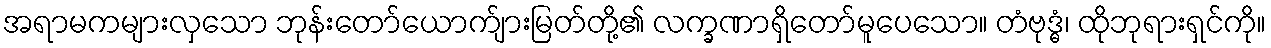
အရာမကများလှသော ဘုန်းတော်ယောက်ျားမြတ်တို့၏ လက္ခဏာရှိတော်မူပေသော။ တံဗုဒ္ဓံ၊ ထိုဘုရားရှင်ကို။